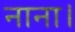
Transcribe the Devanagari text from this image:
नाना।